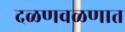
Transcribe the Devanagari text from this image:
दळणवळणात